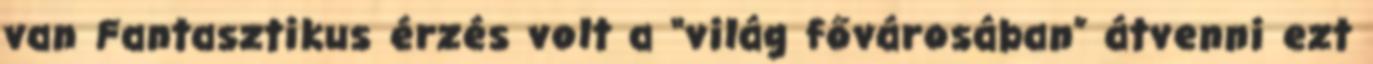
van Fantasztikus érzés volt a “világ fővárosában” átvenni ezt